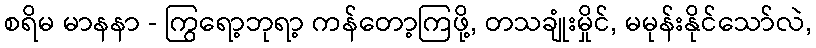
စရိမ မာနနာ - ကြွရော့ဘုရာ့ ကန်တော့ကြဖို့, တသချုံးမှိုင်, မမုန်းနိုင်သော်လဲ,